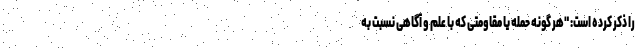
را ذکر کرده است: "هر گونه حمله یا مقاومتی که با علم و آگاهی نسبت به